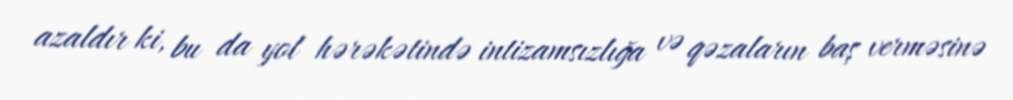
azaldır ki, bu da yol hərəkətində intizamsızlığa və qəzaların baş verməsinə